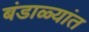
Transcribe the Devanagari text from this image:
बंडाळ्यांत